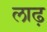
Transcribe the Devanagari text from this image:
लाढ़